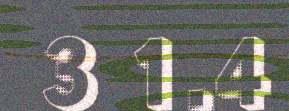
3 1.4